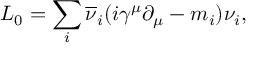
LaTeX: { \cal L } _ { 0 } = \sum _ { i } \overline { { \nu } } _ { i } ( i \gamma ^ { \mu } \partial _ { \mu } - m _ { i } ) \nu _ { i } ,